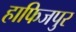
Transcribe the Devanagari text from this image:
हाफिजपुर